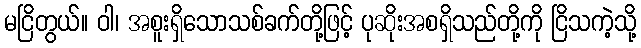
မငြိတွယ်။ ဝါ၊ အစူးရှိသောသစ်ခက်တို့ဖြင့် ပုဆိုးအစရှိသည်တို့ကို ငြိသကဲ့သို့